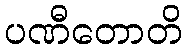
ပဏီတောတိ